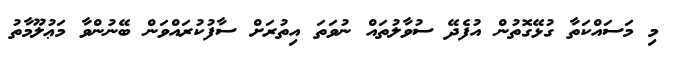
މި މަސައްކަތާ ގުޅޭގޮތުން އުފެދޭ ސުވާލުތައް ނުވަތަ އިތުރަށް ސާފުކުރައްވަން ބޭނުންވާ މަޢުލޫމާތު